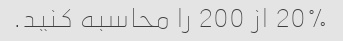
20% از 200 را محاسبه کنید.